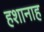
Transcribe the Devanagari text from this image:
हशानाह